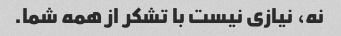
نه، نیازی نیست با تشکر از همه شما.